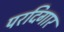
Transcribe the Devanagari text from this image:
परदिगार